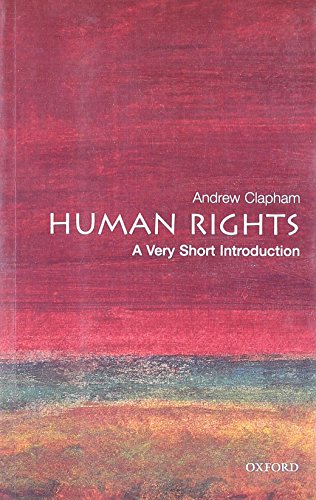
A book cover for Human Rights: A Very Short Introduction; Andrew Clapham; Law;